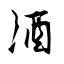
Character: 酒